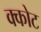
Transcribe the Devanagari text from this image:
क्कोट